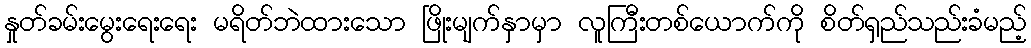
နှုတ်ခမ်းမွေးရေးရေး မရိတ်ဘဲထားသော ဖြိုးမျက်နှာမှာ လူကြီးတစ်ယောက်ကို စိတ်ရှည်သည်းခံမည့်